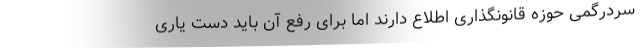
سردرگمی حوزه قانونگذاری اطلاع دارند اما برای رفع آن باید دست یاری